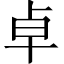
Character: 卓